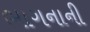
ભાગનાની